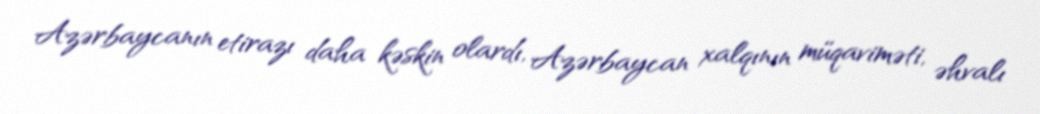
Azərbaycanın etirazı daha kəskin olardı, Azərbaycan xalqının müqaviməti, əhvalı